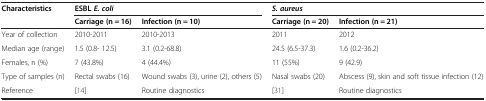
<table><thead><tr><td rowspan="2"><b>Characteristics</b></td><td colspan="2"><b>ESBL<i>E. coli</i></b></td><td colspan="2"><b><i>S. aureus</i></b></td></tr><tr><td><b>Carriage (n = 16)</b></td><td><b>Infection (n = 10)</b></td><td><b>Carriage (n = 20)</b></td><td><b>Infection (n = 21)</b></td></tr></thead><tbody><tr><td>Year of collection</td><td>2010-2011</td><td>2010-2013</td><td>2011</td><td>2012</td></tr><tr><td>Median age (range)</td><td>1.5 (0.8- 12.5)</td><td>3.1 (0.2-68.8)</td><td>24.5 (6.5-37.3)</td><td>1.6 (0.2-36.2)</td></tr><tr><td>Females, n (%)</td><td>7 (43.8%)</td><td>4 (44.4%)</td><td>11 (55%)</td><td>9 (42.9)</td></tr><tr><td>Type of samples (n)</td><td>Rectal swabs (16)</td><td>Wound swabs (3), urine (2), others (5)</td><td>Nasal swabs (20)</td><td>Abscess (9), skin and soft tissue infection (12)</td></tr><tr><td>Reference</td><td>[14]</td><td>Routine diagnostics</td><td>[31]</td><td>Routine diagnostics</td></tr></tbody></table>